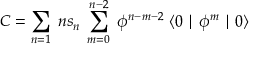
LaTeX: C = \sum _ { n = 1 } \; n s _ { n } \; \sum _ { m = 0 } ^ { n - 2 } \; \phi ^ { n - m - 2 } \; \langle 0 \mid \phi ^ { m } \mid 0 \rangle